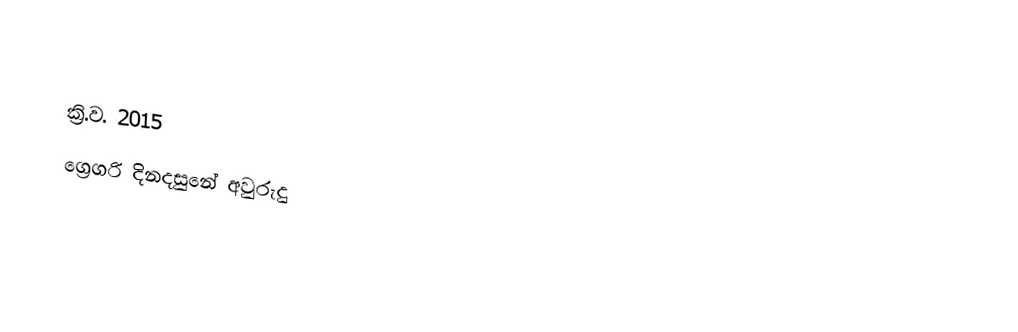

ක්‍රි.ව. 2015
ග්‍රෙගරි දිනදසුනේ අවුරුදු